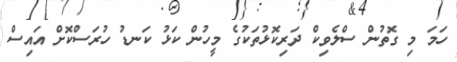
ހަމަ މި ގޮތުން ސްލެވިކް ދަރިކޮޅުތަކުގެ މީހުން ކަޅު ކަނޑު ހުރަސްކޮށް އައިސް